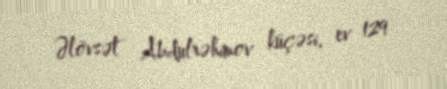
Əlövsət Abdulrəhimov küçəsi, ev 129